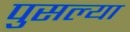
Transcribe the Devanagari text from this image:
पुसल्या